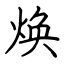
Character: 焕